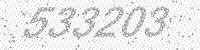
Solution: 533203